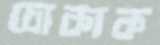
চোকাক